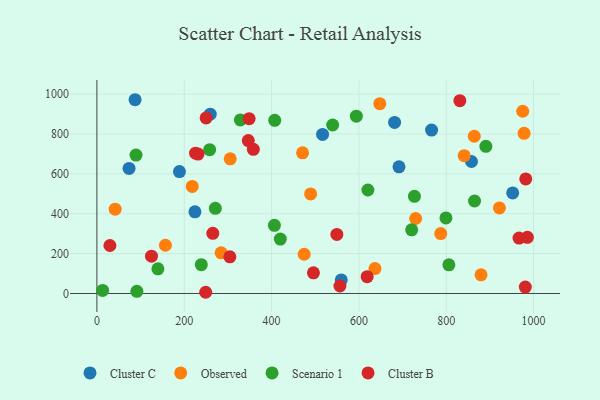
{"axis": {"x": "Ad Spend", "y": "Exam Score"}, "legend": ["Cluster B", "Cluster C", "Observed", "Scenario 1"], "data": [{"x": "224.5", "y": 409.7, "type": "Cluster C"}, {"x": "87.4", "y": 971.9, "type": "Cluster C"}, {"x": "691.8", "y": 635.5, "type": "Cluster C"}, {"x": "259.5", "y": 899.5, "type": "Cluster C"}, {"x": "857.8", "y": 662.0, "type": "Cluster C"}, {"x": "681.7", "y": 858.2, "type": "Cluster C"}, {"x": "516.8", "y": 798.1, "type": "Cluster C"}, {"x": "189.0", "y": 611.3, "type": "Cluster C"}, {"x": "952.2", "y": 504.4, "type": "Cluster C"}, {"x": "559.6", "y": 68.1, "type": "Cluster C"}, {"x": "73.6", "y": 627.2, "type": "Cluster C"}, {"x": "766.4", "y": 819.5, "type": "Cluster C"}, {"x": "864.2", "y": 788.6, "type": "Observed"}, {"x": "305.3", "y": 675.4, "type": "Observed"}, {"x": "921.8", "y": 429.1, "type": "Observed"}, {"x": "471.0", "y": 705.6, "type": "Observed"}, {"x": "729.9", "y": 376.2, "type": "Observed"}, {"x": "218.3", "y": 536.8, "type": "Observed"}, {"x": "41.8", "y": 422.8, "type": "Observed"}, {"x": "636.8", "y": 124.8, "type": "Observed"}, {"x": "841.1", "y": 691.1, "type": "Observed"}, {"x": "787.4", "y": 300.5, "type": "Observed"}, {"x": "474.7", "y": 196.8, "type": "Observed"}, {"x": "879.7", "y": 93.4, "type": "Observed"}, {"x": "647.9", "y": 951.9, "type": "Observed"}, {"x": "975.1", "y": 914.1, "type": "Observed"}, {"x": "489.4", "y": 499.6, "type": "Observed"}, {"x": "156.9", "y": 241.9, "type": "Observed"}, {"x": "284.5", "y": 203.8, "type": "Observed"}, {"x": "978.3", "y": 803.2, "type": "Observed"}, {"x": "139.7", "y": 123.5, "type": "Scenario 1"}, {"x": "806.0", "y": 143.7, "type": "Scenario 1"}, {"x": "239.1", "y": 144.3, "type": "Scenario 1"}, {"x": "406.5", "y": 341.7, "type": "Scenario 1"}, {"x": "420.0", "y": 272.7, "type": "Scenario 1"}, {"x": "727.2", "y": 487.4, "type": "Scenario 1"}, {"x": "328.5", "y": 870.8, "type": "Scenario 1"}, {"x": "620.6", "y": 519.2, "type": "Scenario 1"}, {"x": "720.9", "y": 319.2, "type": "Scenario 1"}, {"x": "258.2", "y": 721.5, "type": "Scenario 1"}, {"x": "864.8", "y": 464.0, "type": "Scenario 1"}, {"x": "890.8", "y": 738.2, "type": "Scenario 1"}, {"x": "91.5", "y": 10.7, "type": "Scenario 1"}, {"x": "594.1", "y": 889.5, "type": "Scenario 1"}, {"x": "271.2", "y": 427.3, "type": "Scenario 1"}, {"x": "89.5", "y": 694.5, "type": "Scenario 1"}, {"x": "407.2", "y": 868.7, "type": "Scenario 1"}, {"x": "13.1", "y": 15.6, "type": "Scenario 1"}, {"x": "539.9", "y": 845.0, "type": "Scenario 1"}, {"x": "799.3", "y": 379.0, "type": "Scenario 1"}, {"x": "556.5", "y": 37.5, "type": "Cluster B"}, {"x": "249.1", "y": 6.1, "type": "Cluster B"}, {"x": "495.9", "y": 103.6, "type": "Cluster B"}, {"x": "304.5", "y": 184.1, "type": "Cluster B"}, {"x": "618.9", "y": 84.4, "type": "Cluster B"}, {"x": "985.8", "y": 281.6, "type": "Cluster B"}, {"x": "831.2", "y": 967.2, "type": "Cluster B"}, {"x": "29.8", "y": 240.7, "type": "Cluster B"}, {"x": "549.5", "y": 296.1, "type": "Cluster B"}, {"x": "265.4", "y": 301.8, "type": "Cluster B"}, {"x": "125.0", "y": 187.0, "type": "Cluster B"}, {"x": "348.6", "y": 876.6, "type": "Cluster B"}, {"x": "231.7", "y": 699.4, "type": "Cluster B"}, {"x": "225.9", "y": 703.8, "type": "Cluster B"}, {"x": "250.1", "y": 880.5, "type": "Cluster B"}, {"x": "981.1", "y": 32.3, "type": "Cluster B"}, {"x": "966.7", "y": 278.1, "type": "Cluster B"}, {"x": "358.3", "y": 723.0, "type": "Cluster B"}, {"x": "346.7", "y": 767.1, "type": "Cluster B"}, {"x": "982.0", "y": 574.7, "type": "Cluster B"}]}